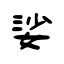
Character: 娑